Civil Veterinary Department. Madras. Admin. report 1926-33 - 1926-1933
Year: 1926
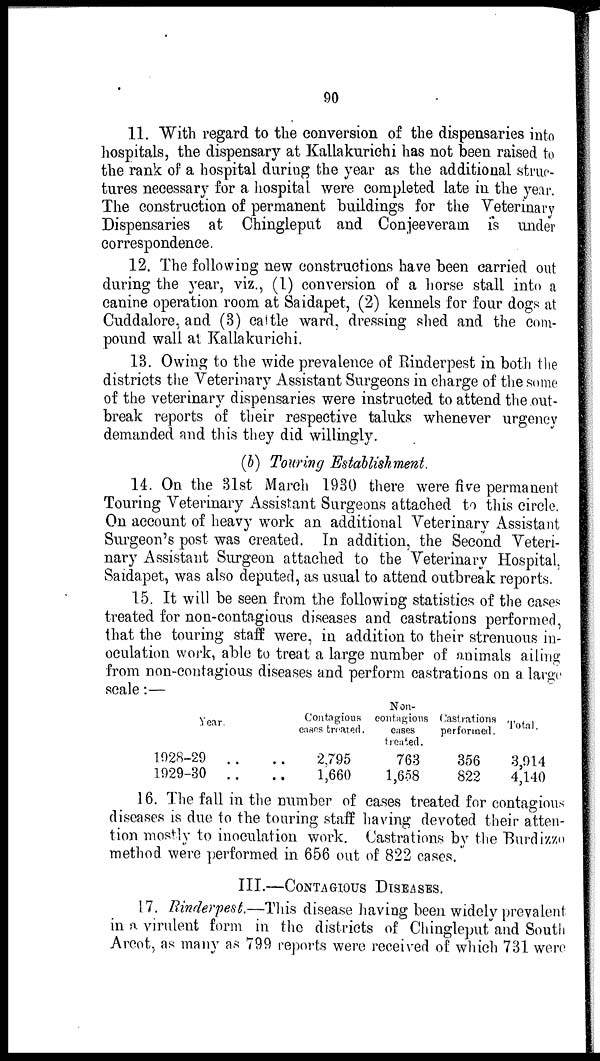
90
11. "With regard to the conversion of the dispensaries into
hospitals, the dispensary at Kallakurichi has not been raised to
the rank of a hospital during the year as the additional struc-
tures necessary for a hospital were completed late in the year.
The construction of permanent buildings for the Veterinary
Dispensaries at Chingleput and Conjeeveram is under
correspondence.
12. The following new constructions have been carried out
during the year, viz., (1) conversion of a horse stall into a
canine operation room at Saidapet, (2) kennels for four dogs at
Cuddalore, and (3) cattle ward, dressing shed and the com-
pound wall at Kallakurichi.
13. Owing to the wide prevalence of Rinderpest in both the
districts the Veterinary Assistant Surgeons in charge of the some
of the veterinary dispensaries were instructed to attend the out-
break reports of their respective taluks whenever urgency
demanded and this they did willingly.
(b) Touring Establishment.
14. On the 31st March 1930 there were five permanent
Touring Veterinary Assistant Surgeons attached to this circle.
On account of heavy work an additional Veterinary Assistant
Surgeon's post was created. In addition, the Second Veteri-
nary Assistant Surgeon attached to the Veterinary Hospital,
Saidapet, was also deputed, as usual to attend outbreak reports.
15. It will be seen from the following statistics of the cases
treated for non-contagious diseases and castrations performed,
that the touring staff were, in addition to their strenuous in-
oculation work, able to treat a large number of animals ailing
from non-contagious diseases and perform castrations on a large
scale:—
Year.
1928-29 . .
1929-30
..
Contagious
cases treated.
..2,795
.. 1,660
Non-
contagions
cases
treated.
763
1,658
Castrations
performed.
356
822
Total.
3,914
4,140
16. The fall in the number of cases treated for contagious
diseases is due to the touring staff having devoted their atten-
tion mostly to inoculation work. Castrations by the Burdizzo
method were performed in 656 out of 822 cases.
III.—CONTAGIOS DISEASES.
17. Rinderpest.—This disease having been widely prevalent
in a virulent form in the districts of Chingleput and South
Arcot, as many as 799 reports were received of which 731 were